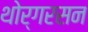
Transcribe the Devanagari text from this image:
थोर्गरसन